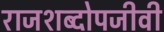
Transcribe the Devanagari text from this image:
राजशब्दोपजीवी